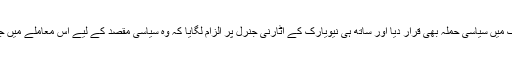
ٹرمپ نے ان الزامات کو اپنے اوپر نیویارک میں سیاسی حملہ بھی قرار دیا اور ساتھ ہی نیویارک کے اٹارنی جنرل پر الزام لگایا کہ وہ سیاسی مقصد کے لیے اس معاملے میں جان بوجھ کر ان کی کردار کشی کررہی ہیں۔